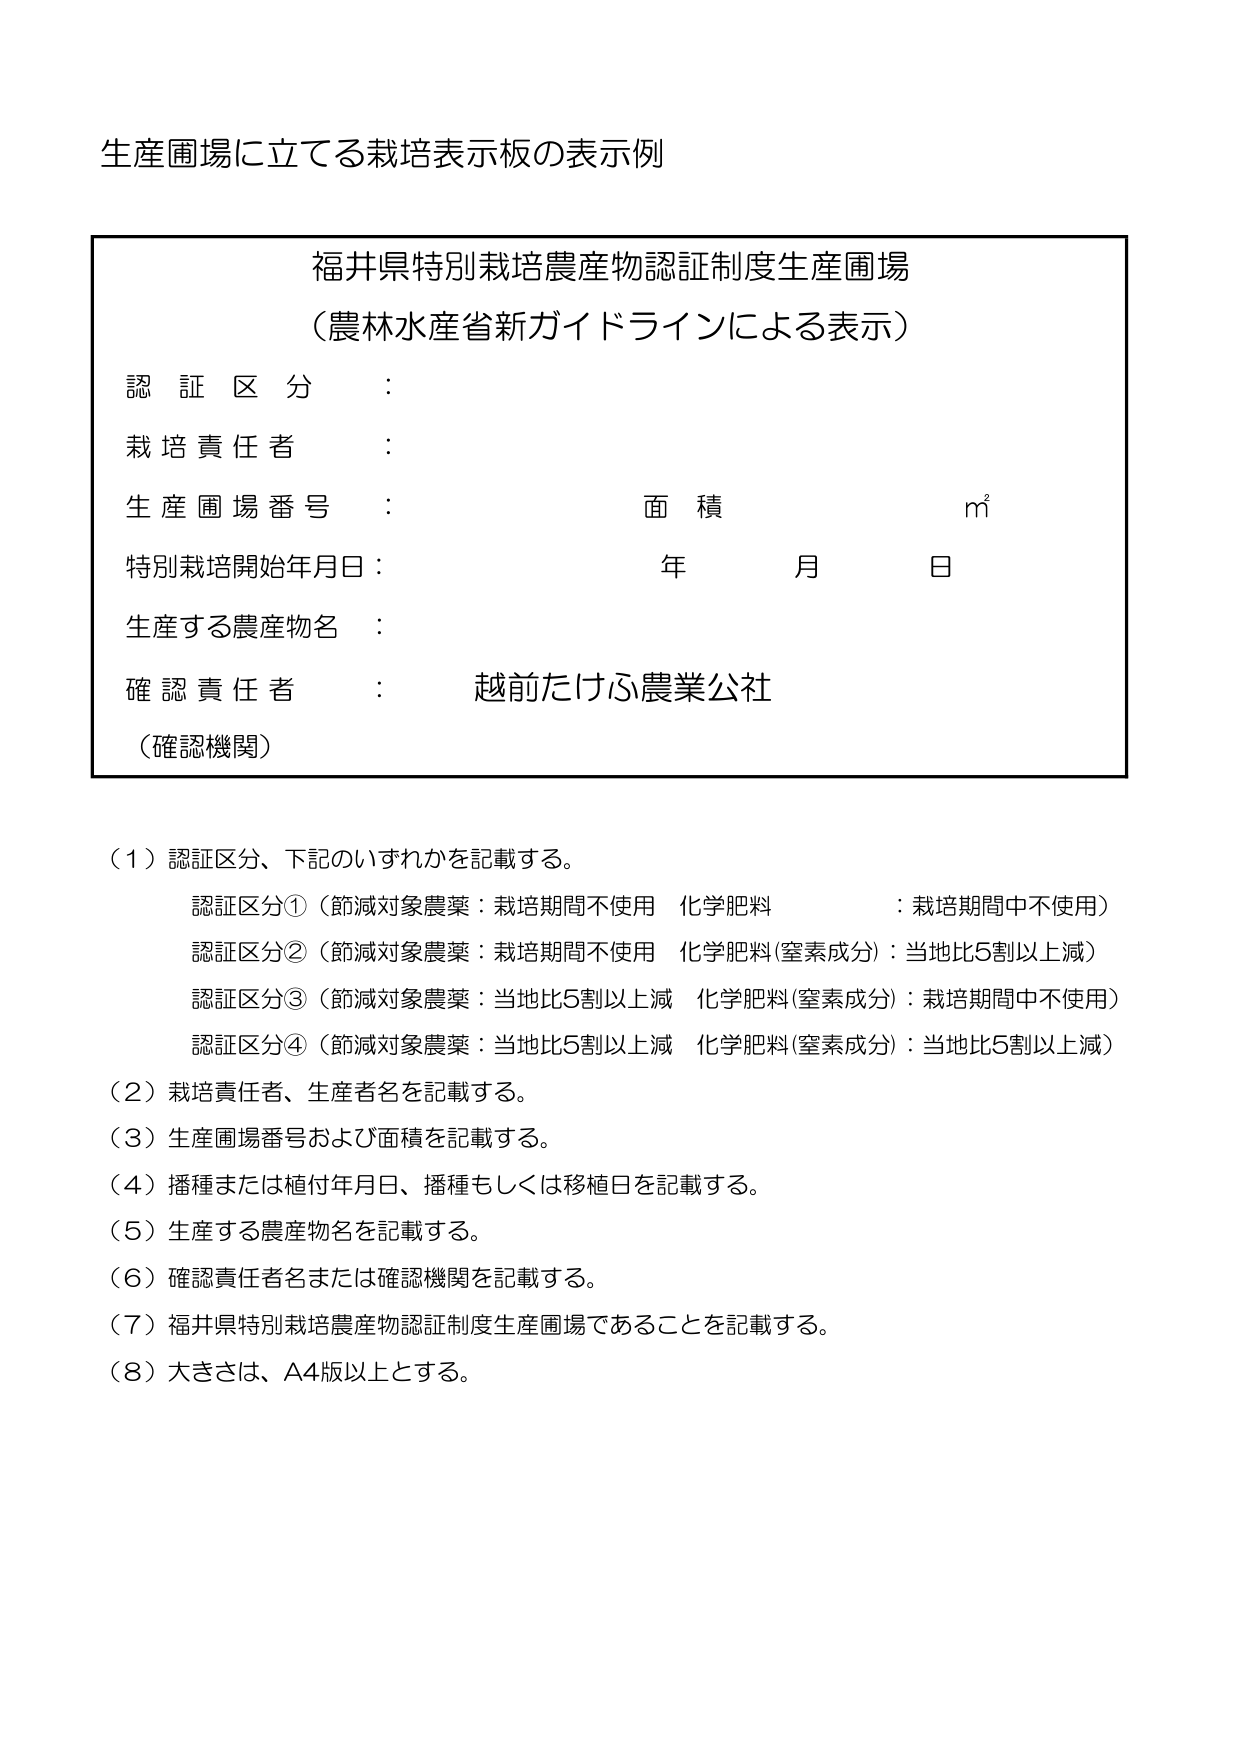
生産圃場に立てる栽培表示板の表示例

福井県特別栽培農産物認証制度生産圃場
（農林水産省新ガイドラインによる表示）

認証区分：
栽培責任者：
生産圃場番号： 面積 m²
特別栽培開始年月日： 年 月 日
生産する農産物名：
確認責任者： 越前たけふ農業公社
（確認機関）

（1）認証区分、下記のいずれかを記載する。
　　認証区分①（節減対象農薬：栽培期間不使用 化学肥料：栽培期間中不使用）
　　認証区分②（節減対象農薬：栽培期間不使用 化学肥料(窒素成分)：当地比5割以上減）
　　認証区分③（節減対象農薬：当地比5割以上減 化学肥料(窒素成分)：栽培期間中不使用）
　　認証区分④（節減対象農薬：当地比5割以上減 化学肥料(窒素成分)：当地比5割以上減）

（2）栽培責任者、生産者名を記載する。
（3）生産圃場番号および面積を記載する。
（4）播種または植付年月日、播種もしくは移植日を記載する。
（5）生産する農産物名を記載する。
（6）確認責任者名または確認機関を記載する。
（7）福井県特別栽培農産物認証制度生産圃場であることを記載する。
（8）大きさは、A4版以上とする。